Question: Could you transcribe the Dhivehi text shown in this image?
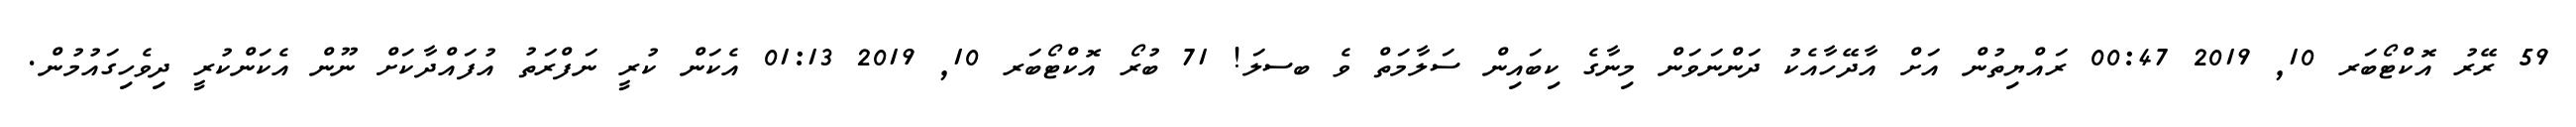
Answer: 59 ރޭރު އޮކްޓޯބަރ 10, 2019 00:47 ރައްޔިތުން އަށް އާދޭހާއެކު ދަންނަވަން މިނާގެ ކިބައިން ސަލާމަތް ވެ ބސލަ! 71 ބުރޯ އޮކްޓޯބަރ 10, 2019 01:13 އެކަން ކުރީ ނަފްރަތު އުފައްދާކަށް ނޫން އެކަންކުރީ ދިވެހިގައުމުން.